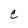
Character: e